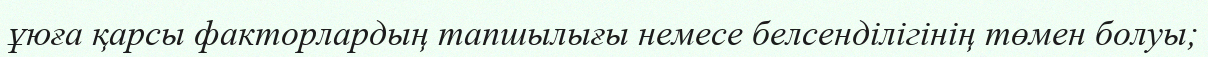
ұюға қарсы факторлардың тапшылығы немесе белсенділігінің төмен болуы;